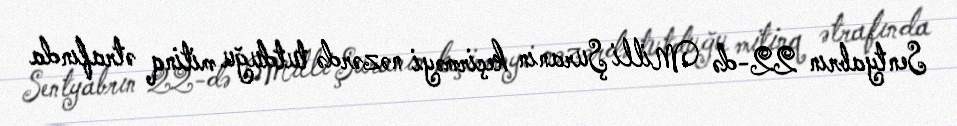
Sentyabrın 22-də Milli Şuranın keçirməyi nəzərdə tutduğu mitinq ətrafında